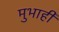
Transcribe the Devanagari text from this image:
मुभाही